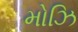
મોઝિ